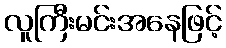
လူကြီးမင်းအနေဖြင့်